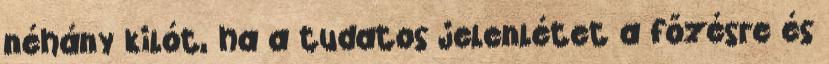
néhány kilót, ha a tudatos jelenlétet a főzésre és